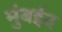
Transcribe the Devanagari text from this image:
मुंबईव